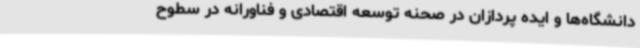
دانشگاه‌ها و ایده پردازان در صحنه توسعه اقتصادی و فناورانه در سطوح